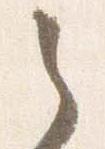
之